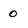
Character: 0